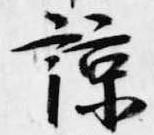
諒